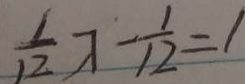
\frac { 1 } { 1 2 } \lambda - \frac { 1 } { 1 2 } = 1